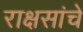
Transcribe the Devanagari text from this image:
राक्षसांचे